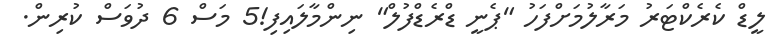
ލީޑް ކެރެކްޓަރު މަރާލުމަށްފަހު "ޕެނީ ޑްރެޑްފުލް" ނިންމާލައިފި!5 މަސް 6 ދުވަސް ކުރިން.